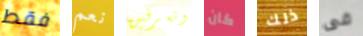
فقط نعم وتعرفين كان ذلك فى